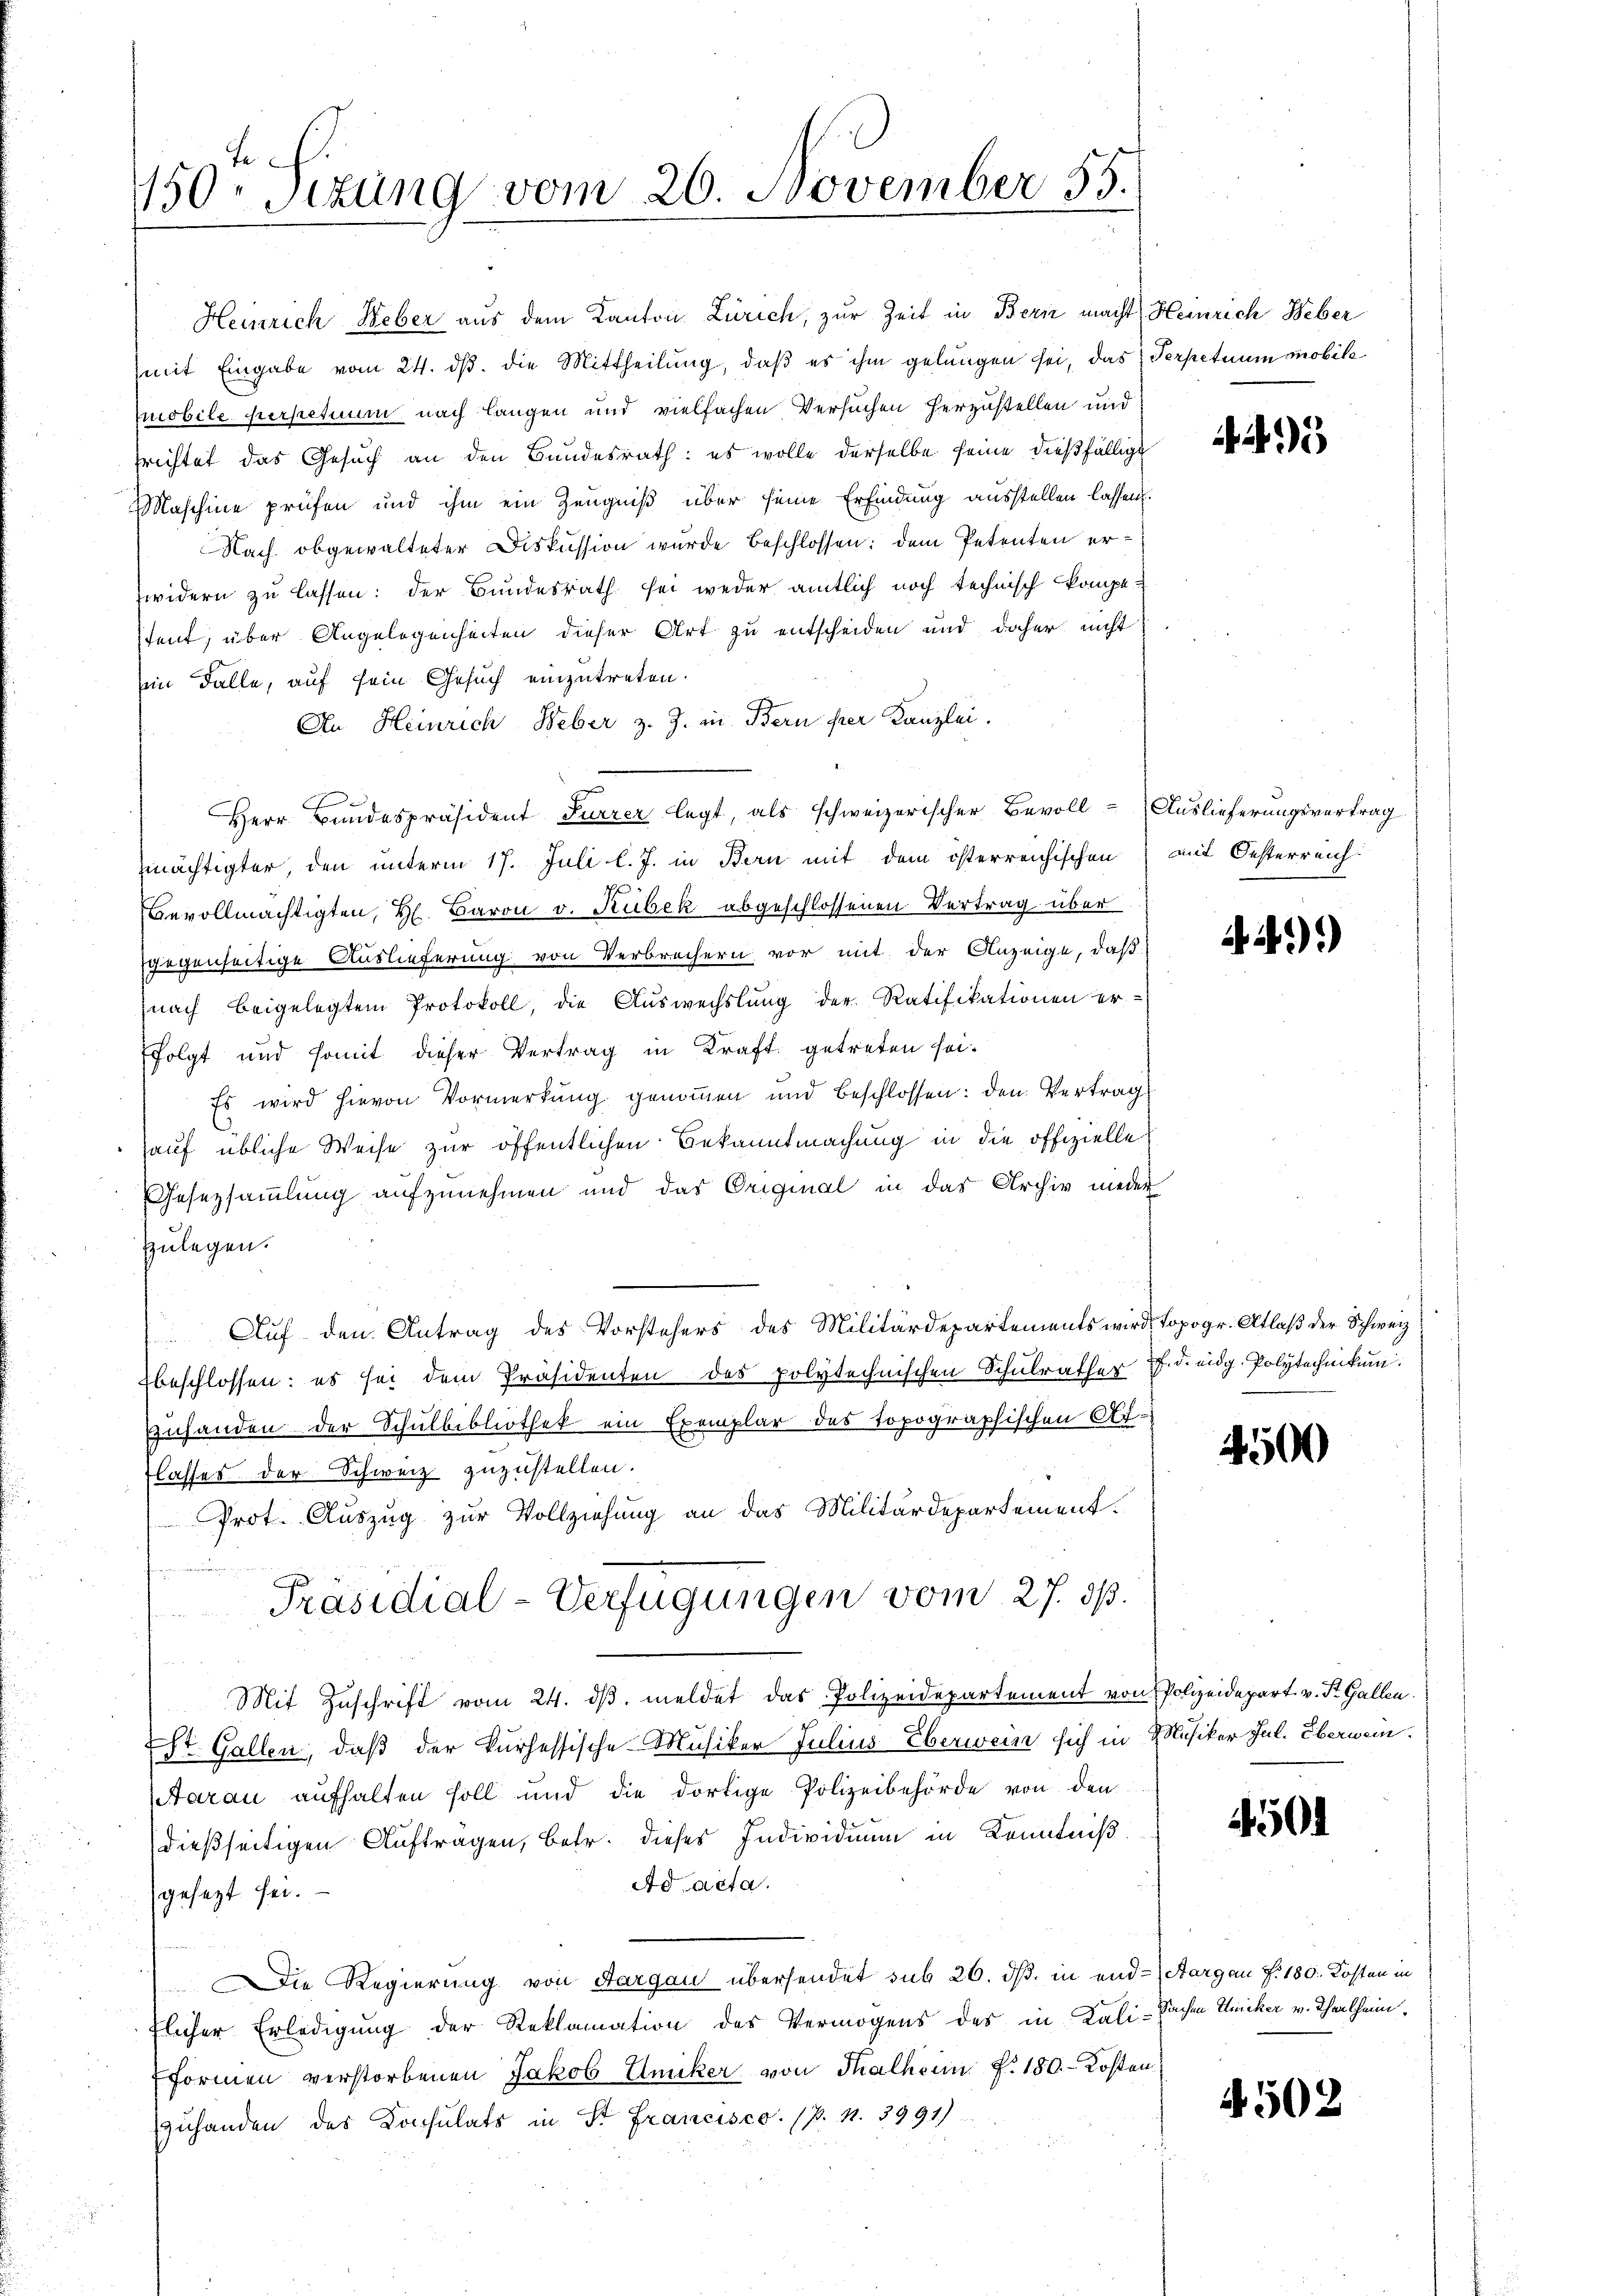
te
150. Sizung vom 26. November 55.

Heinrich Weber aus dem Kanton Zürich, zur Zeit in Bern macht, Heinrich Weber
mit Eingabe vom 24. ds. die Mittheilung, daß es ihm gelungen sei, das Serpetuum mobil
Mobile perpetuum nach langen und vielfachen Versuchen herzustellen und
srichtet das Gesuch an den Bundesrath: es wolle derselbe seine dießfällige
Maschine prüfen und ihm ein Zeugniß über seine Erfindung ausstellen lassen.
Nach obgewalteter Diskussion wurde beschlossen: dem Petenten erwidern zu lassen: der Bundesrath sei weder amtlich noch technisch kompe-
stent, über Angelegenheiten dieser Art zu entscheiden und daher nicht
Ein Falle, auf sein Gesuch einzutreten.
An Heinrich Weber z. Z. in Bern per Kanzlei.
Herr Bundespräsident Furrer legt, als schweizerischer Bevoll- Auslieferungsvertrag
mächtigter, den unterm 17. Juli l. J. in Bern mit dem österreichischen mit Oesterreich
s
Bevollmächtigten, H. Baron v. Rubek abgeschlossenen Vertrag über
gegenseitige Auslieferung von Verbrechern vor mit der Anzeige, daß
nach beigelegten Protokoll, die Aŭswechslung der Ratifikationen er-
folgt und somit dieser Vertrag in Kraft getreten sei.
Es wird hievon Vormerkung genommen und beschlossen: den Vertrag
auf übliche Weise zur öffentlichen Bekanntmachung in die offizielle
Gesezsammlung aufzunehmen und das Original in das Archiv nieder
zulegen.
Auf den Antrag des Vorstehers des Militärdepartements wird topogr. Atlaß der Schweiz,
beschlossen: es sei dem Präsidenten des polytechnischen Schulrather d. d. eidg. Polytechnikum.
zuhanden der Schulbibliothek ein Exemplar des topographischen Aflasses der Schweiz zuzustellen.
Prot. Auszug zur Vollziehung an das Militärdepartement.
un
Präsidial-Verfügungen vom 27. d.
Mit Zŭschrift vom 24. dβ meldet das Polizeidepartement von
ESt. Gallen, daß der kurhessische Musiker Julius Eberwein sich in
Aarau aufhalten soll und die dortige Polizeibehörde von den
dießseitigen Auftragen, betr. dieses Individium in Kenntniß
Ad acta.
gesetzt sei.
Die Regierung von Sargau übersendet sub 26. ds. in und Aargau §. 180. Kosten in
flicher Erledigung der Reklamation des Vermögens des in Kali-Sachen Unicker v. Theilheim.
Fformen verstorbenen Jakob Eniker, von Thalheim P. 180. - Kosten
zuhanden des Konsulats in St. Francisco (p. 1. 3991)

23

4))

4500

Polizeidepart v. St. Gallen.
Musiker Jul. Eberwein.

501

4502